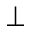
\perp